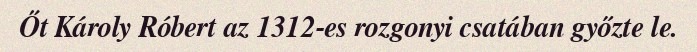
Őt Károly Róbert az 1312-es rozgonyi csatában győzte le.